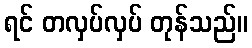
ရင် တလှပ်လှပ် တုန်သည်။